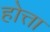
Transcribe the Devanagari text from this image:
होत्ता